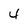
Character: 4